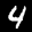
Label: 4